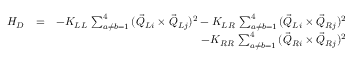
\begin{array} { r l r } { H _ { D } } & { = } & { - K _ { L L } \, \sum _ { a \neq b = 1 } ^ { 4 } \, ( \vec { Q } _ { L i } \times \vec { Q } _ { L j } ) ^ { 2 } - K _ { L R } \, \sum _ { a \neq b = 1 } ^ { 4 } \, ( \vec { Q } _ { L i } \times \vec { Q } _ { R j } ) ^ { 2 } } \\ & { } & { - K _ { R R } \, \sum _ { a \neq b = 1 } ^ { 4 } \, ( \vec { Q } _ { R i } \times \vec { Q } _ { R j } ) ^ { 2 } } \end{array}